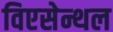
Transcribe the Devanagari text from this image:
विएसेन्थल